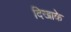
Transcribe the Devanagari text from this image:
दिखाके